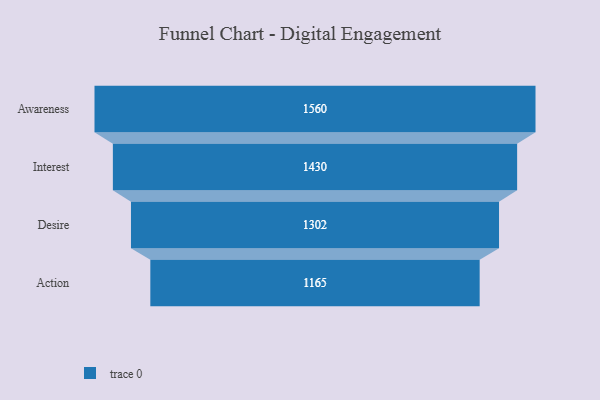
{"axis": {"x": "Stage", "y": "Value"}, "legend": [""], "data": [{"x": "Awareness", "y": 1560.0, "type": ""}, {"x": "Interest", "y": 1430.0, "type": ""}, {"x": "Desire", "y": 1302.0, "type": ""}, {"x": "Action", "y": 1165.0, "type": ""}]}